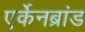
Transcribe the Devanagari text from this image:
एर्केनब्रांड